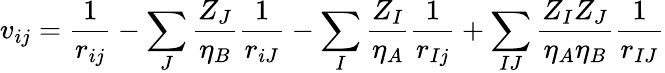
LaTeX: v_{ij}=\frac{1}{r_{ij}}-\sum_{J}\frac{Z_{J}}{\eta_{B}}\frac{1}{r_{iJ}}-\sum_{I}\frac{Z_{I}}{\eta_{A}}\frac{1}{r_{Ij}}+\sum_{IJ}\frac{Z_{I}Z_{J}}{\eta_{A}\eta_{B}}\frac{1}{r_{IJ}}